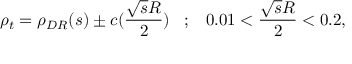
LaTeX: \rho _ { t } = \rho _ { D R } ( s ) \pm c ( \frac { \sqrt { s } R } { 2 } ) \; \; \; ; \; \; \; 0 . 0 1 < \frac { \sqrt { s } R } { 2 } < 0 . 2 ,